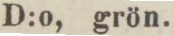
D:o, grön.